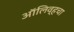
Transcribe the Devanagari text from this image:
ऑलिव्हचा